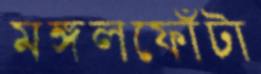
মঙ্গলফোঁটা